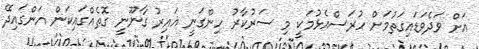
އަށް ވަދެވަޑައިގަތުމަށް ހުރަސްއެޅުމަކީ މި ސަރުކާރު ހިންގަނީ ޣައިރު ގާނޫނީ ގޮތެއްގައިކަން އަންގައިދޭ